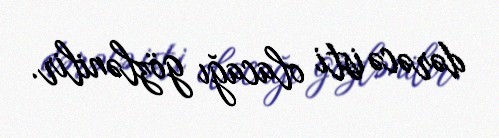
dərəcə isti olacağı gözlənilir.